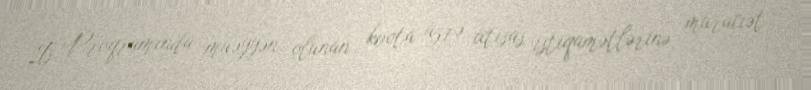
İş Proqramında müəyyən olunan kvota üzrə ixtisas istiqamətlərinə müraciət